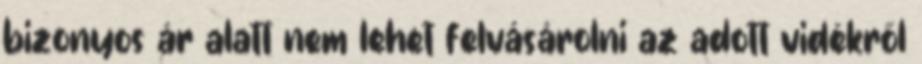
bizonyos ár alatt nem lehet felvásárolni az adott vidékről